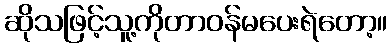
ဆိုသဖြင့်သူ့ကိုတာဝန်မပေးရဲတော့။